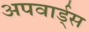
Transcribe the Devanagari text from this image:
अपवार्ड्स